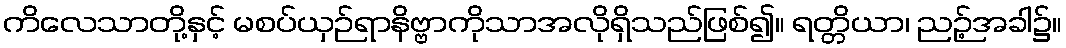
ကိလေသာတို့နှင့် မစပ်ယှဉ်ရာနိဗ္ဗာကိုသာအလိုရှိသည်ဖြစ်၍။ ရတ္တိယာ၊ ညဉ့်အခါ၌။